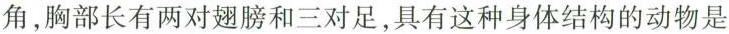
②角，胸部长有两对翅膀和三对足，具有这种身体结构的动物是